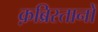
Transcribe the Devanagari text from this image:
क़ब्रिस्तानों